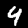
Label: 4